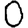
Digit: 0